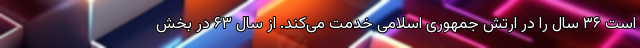
است ۳۶ سال را در ارتش جمهوری اسلامی خدمت می‌کند. از سال ۶۳ در بخش